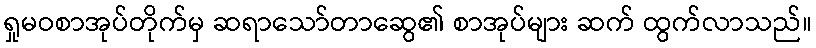
ရှုမဝစာအုပ်တိုက်မှ ဆရာသော်တာဆွေ၏ စာအုပ်များ ဆက် ထွက်လာသည်။